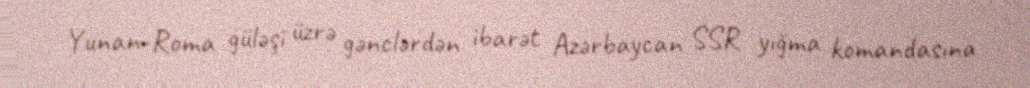
Yunan-Roma güləşi üzrə gənclərdən ibarət Azərbaycan SSR yığma komandasına